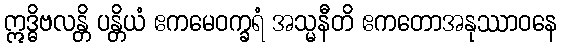
ဣဒ္ဓိဗလန္တိ ပန္တိယံ ဧကမေဝက္ခရံ အသ္မနီတိ ဧကတောအနုဿာဝနေ